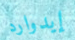
إيدوارد